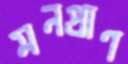
মনপ্রাণ